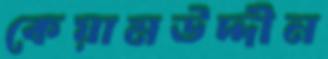
কেয়ামউদ্দীন